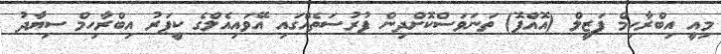
މިއީ އިބްރާހިމް ފަޒީލް (އޮއްޕޮ) ތަނަވަސްކޮށްދިން ފުރުސަތެއްގައި އޭވައިއެލްގެ ކީޕަރު އިބްރާހިމް ސިޔާދު